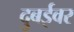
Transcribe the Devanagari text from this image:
दुबईवर